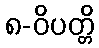
၈-ဝိပတ္တိ